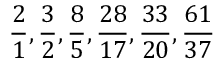
{ \frac { 2 } { 1 } } , { \frac { 3 } { 2 } } , { \frac { 8 } { 5 } } , { \frac { 2 8 } { 1 7 } } , { \frac { 3 3 } { 2 0 } } , { \frac { 6 1 } { 3 7 } }